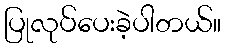
ပြုလုပ်ပေးခဲ့ပါတယ်။